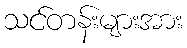
သင်တန်းများအား